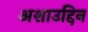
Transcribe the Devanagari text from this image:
अशाउद्दिन